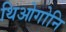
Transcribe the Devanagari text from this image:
थिओगोनि